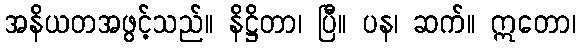
အနိယတအဖွင့်သည်။ နိဋ္ဌိတာ၊ ပြီ။ ပန၊ ဆက်။ ဣတော၊